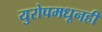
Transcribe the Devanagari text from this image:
युरोपमधूनही